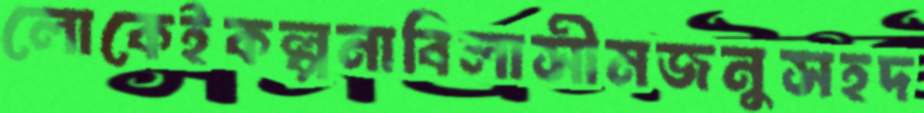
লোকেইকল্পনাবিলাসীমজনুসহদ